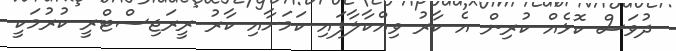
ދުވަސް ކޮޅެއް ކުރިން އެ ކާރު ވިއްކާލާފައި ކަމަށާއި ކާރު ރީރަޖިސްޓްރީ ކުރުމަކީ